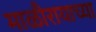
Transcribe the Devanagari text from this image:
माळीरायाच्या